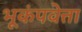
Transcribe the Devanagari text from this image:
भूकंपवेत्ता